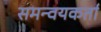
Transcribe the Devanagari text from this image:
समन्वयकर्ता